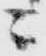
ニ